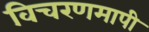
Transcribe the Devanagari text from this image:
विचरणमापी